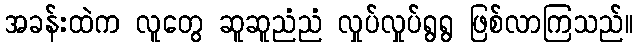
အခန်းထဲက လူတွေ ဆူဆူညံညံ လှုပ်လှုပ်ရွရွ ဖြစ်လာကြသည်။